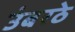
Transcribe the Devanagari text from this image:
उंबरठे